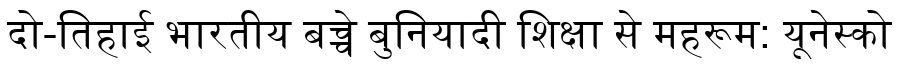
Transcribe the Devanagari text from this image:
दो-तिहाई भारतीय बच्चे बुनियादी शिक्षा से महरूम: यूनेस्को